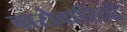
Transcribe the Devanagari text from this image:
बारोवारियाँ